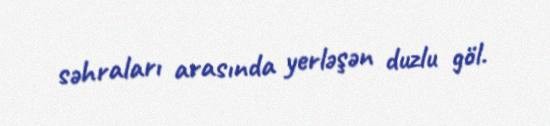
səhraları arasında yerləşən duzlu göl.